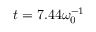
t = 7 . 4 4 \omega _ { 0 } ^ { - 1 }